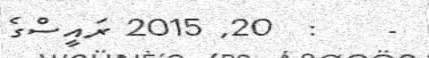
-    :  20